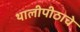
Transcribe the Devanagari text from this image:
थालीपीठाचे